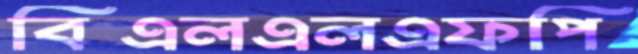
বিএলএলএফপি